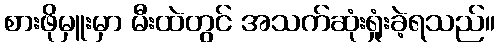
စားဖိုမှူးမှာ မီးထဲတွင် အသက်ဆုံးရှုံးခဲ့ရသည်။